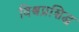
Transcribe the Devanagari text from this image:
विश्वप्रशिद्ध